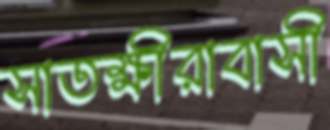
সাতক্ষীরাবাসী